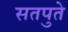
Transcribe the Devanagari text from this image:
सतपुते